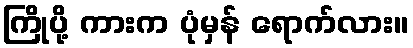
ကြိုပို့ ကားက ပုံမှန် ရောက်လား။